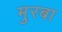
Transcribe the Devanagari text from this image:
मुरबा